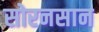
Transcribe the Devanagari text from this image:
सोरनसान